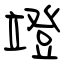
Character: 竳